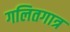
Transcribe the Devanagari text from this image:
गलितगात्र